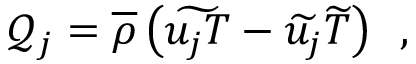
\mathcal { Q } _ { j } = \overline { { \rho } } \left( \widetilde { u _ { j } T } - \widetilde { u _ { j } } \widetilde { T } \right) \, \mathrm { ~ , ~ }